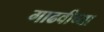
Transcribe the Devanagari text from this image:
गाढवीच्या